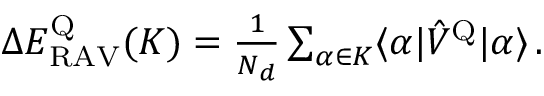
\begin{array} { r } { \Delta E _ { \mathrm { R A V } } ^ { \mathrm { Q } } ( K ) = \frac { 1 } { N _ { d } } \sum _ { \alpha \in K } \langle \alpha | \hat { V } ^ { \mathrm { Q } } | \alpha \rangle \, . } \end{array}